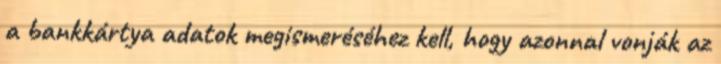
a bankkártya adatok megismeréséhez kell, hogy azonnal vonják az